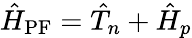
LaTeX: \hat{H}_{\mathrm{PF}}=\hat{T}_{n}+\hat{H}_{p}